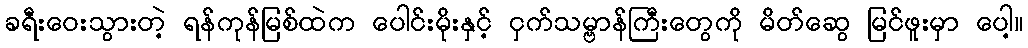
ခရီးဝေးသွားတဲ့ ရန်ကုန်မြစ်ထဲက ပေါင်းမိုးနှင့် ငှက်သမ္ဗာန်ကြီးတွေကို မိတ်ဆွေ မြင်ဖူးမှာ ပေါ့။